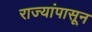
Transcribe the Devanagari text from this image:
राज्यांपासून